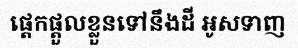
ផ្តេកផ្តួលខ្លួនទៅនឹងដី អូសទាញ